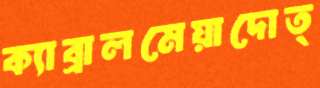
ক্যাব্রালমেয়াদোত্